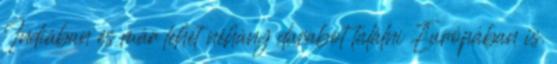
Indiában és már lehet néhány darabot találni Európában is.